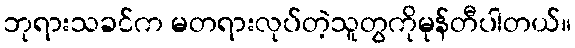
ဘုရားသခင်က မတရားလုပ်တဲ့သူတွကိုမုန်တီပါတယ်။